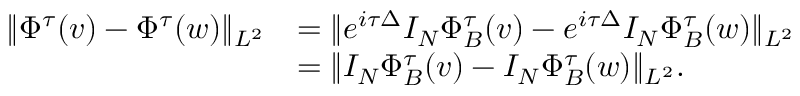
\begin{array} { r l } { \| \Phi ^ { \tau } ( v ) - \Phi ^ { \tau } ( w ) \| _ { L ^ { 2 } } } & { = \| e ^ { i \tau \Delta } I _ { N } \Phi _ { B } ^ { \tau } ( v ) - e ^ { i \tau \Delta } I _ { N } \Phi _ { B } ^ { \tau } ( w ) \| _ { L ^ { 2 } } } \\ & { = \| I _ { N } \Phi _ { B } ^ { \tau } ( v ) - I _ { N } \Phi _ { B } ^ { \tau } ( w ) \| _ { L ^ { 2 } } . } \end{array}